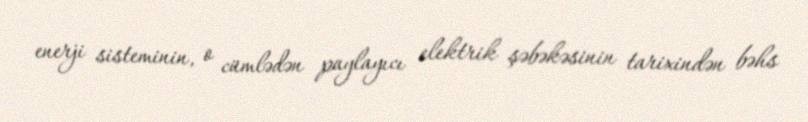
enerji sisteminin, o cümlədən paylayıcı elektrik şəbəkəsinin tarixindən bəhs